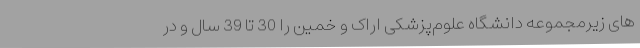
های زیرمجموعه دانشگاه علوم‌پزشکی اراک و خمین را 30 تا 39 سال و در